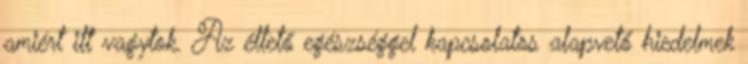
amiért itt vagytok. Az éltető egészséggel kapcsolatos alapvető hiedelmek